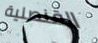
القنصلية